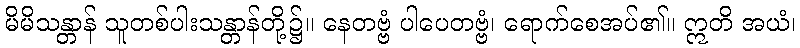
မိမိသန္တာန် သူတစ်ပါးသန္တာန်တို့၌။ နေတဗ္ဗံ ပါပေတဗ္ဗံ၊ ရောက်စေအပ်၏။ ဣတိ အယံ၊